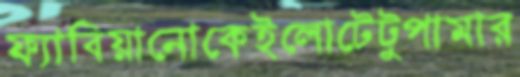
ফ্যাবিয়ানোকেইলোটেটুপামার